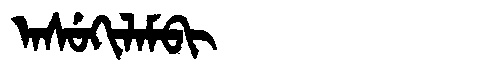
Manchu: ᠠᠰᡠᡴᡳᠯᠠᠮᠪᡳ
Romanization: ASUKILAMBI